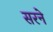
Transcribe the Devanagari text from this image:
सरने